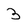
Character: 3